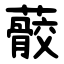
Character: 䕧